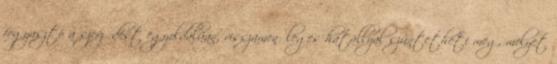
fogyasztó a szerződést egyoldalúan, visszamenőleges hatállyal szüntetheti meg, melyet